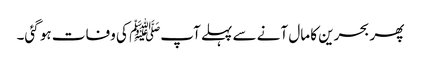
پھر بحرین کا مال آنے سے پہلے آپﷺ کی وفات ہو گئی۔